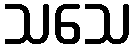
သသေ